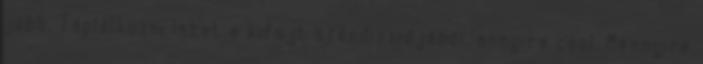
jobb. Táplálkozni lehet a kifújt széndioxidjából, annyira cool. Mennyire